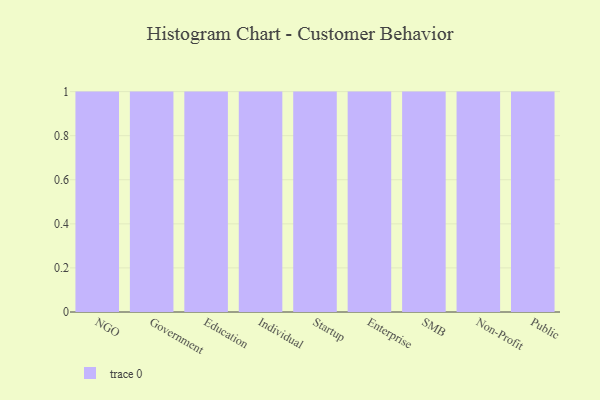
{"axis": {"x": "Segment", "y": "Temperature (°C)"}, "legend": [""], "data": [{"x": "NGO", "y": 81, "type": ""}, {"x": "Government", "y": 72, "type": ""}, {"x": "Education", "y": 30, "type": ""}, {"x": "Individual", "y": 9, "type": ""}, {"x": "Startup", "y": 27, "type": ""}, {"x": "Enterprise", "y": 24, "type": ""}, {"x": "SMB", "y": 85, "type": ""}, {"x": "Non-Profit", "y": 83, "type": ""}, {"x": "Public", "y": 22, "type": ""}]}